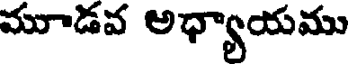
మూడవ అధ్యాయము